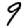
Digit: 9